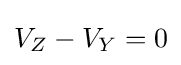
V_{Z}-V_{Y}=0